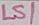
Text: LS1